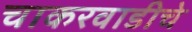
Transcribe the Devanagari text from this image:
चाकरवाडीचे